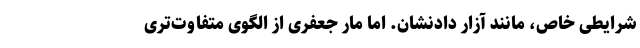
شرایطی خاص، مانند آزار دادنشان. اما مار جعفری از الگوی متفاوت‌تری